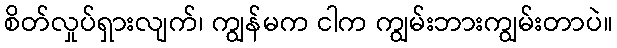
စိတ်လှုပ်ရှားလျက်၊ ကျွန်မက ငါက ကျွမ်းဘားကျွမ်းတာပဲ။